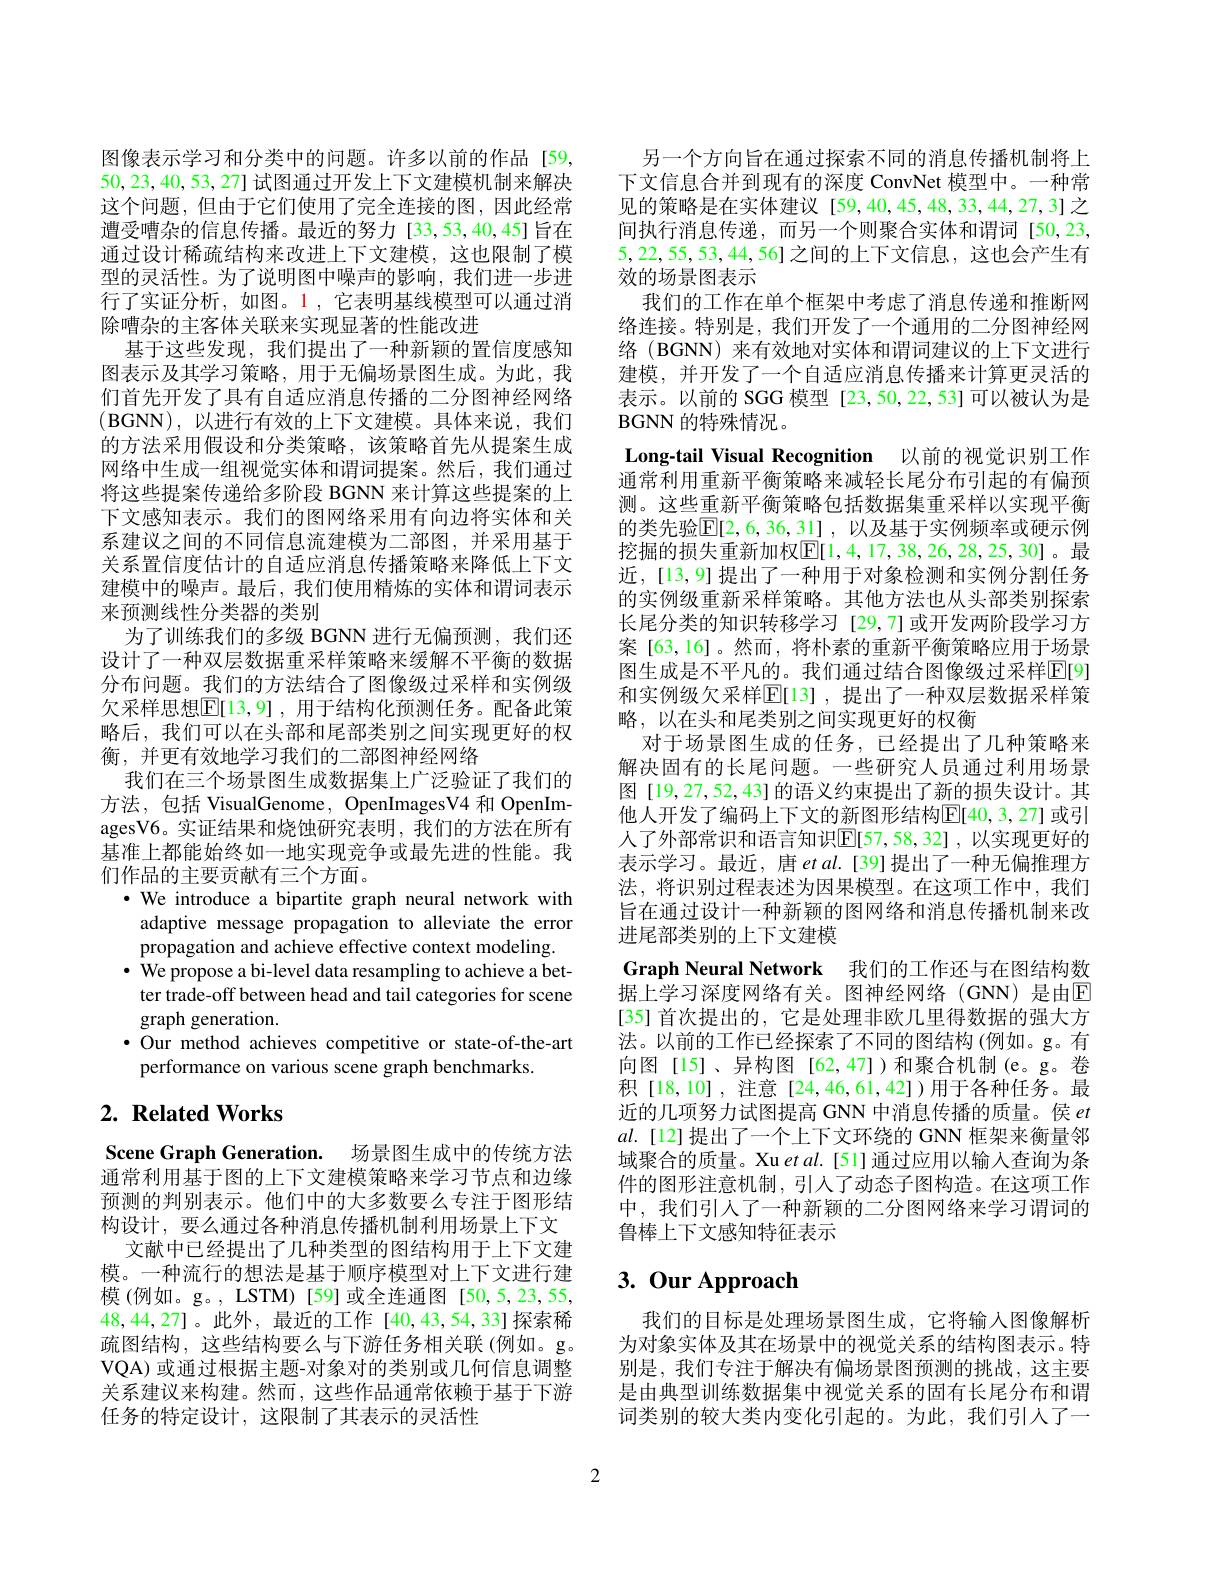
图像表示学习和分类中的问题。许多以前的作品[59, 50,23,40,53,27]试图通过开发上下文建模机制来解决这个问题，但由于它们使用了完全连接的图，因此经常遭受嘈杂的信息传播。最近的努力[33,53,40,45]旨在通过设计稀疏结构来改进上下文建模，这也限制了模型的灵活性。为了说明图中噪声的影响，我们进一步进行了实证分析，如图。1,它表明基线模型可以通过消除嘈杂的主客体关联来实现显著的性能改进
基于这些发现，我们提出了一种新颖的置信度感知图表示及其学习策略，用于无偏场景图生成。为此，我们首先开发了具有自适应消息传播的二分图神经网络(BGNN),以进行有效的上下文建模。具体来说，我们的方法采用假设和分类策略，该策略首先从提案生成网络中生成一组视觉实体和谓词提案。然后，我们通过将这些提案传递给多阶段 BGNN 来计算这些提案的上下文感知表示。我们的图网络采用有向边将实体和关系建议之间的不同信息流建模为二部图，并采用基于关系置信度估计的自适应消息传播策略来降低上下文建模中的噪声。最后，我们使用精炼的实体和谓词表示来预测线性分类器的类别
为了训练我们的多级 BGNN 进行无偏预测，我们还设计了一种双层数据重采样策略来缓解不平衡的数据分布问题。我们的方法结合了图像级过采样和实例级欠采样思想$\overline{\mathrm{E}}[13,9]$,用于结构化预测任务。配备此策略后，我们可以在头部和尾部类别之间实现更好的权衡，并更有效地学习我们的二部图神经网络
我们在三个场景图生成数据集上广泛验证了我们的方法，包括 VisualGenome, OpenImagesV4 和 OpenImagesV6。实证结果和烧蚀研究表明，我们的方法在所有基准上都能始终如一地实现竞争或最先进的性能。我们作品的主要贡献有三个方面。
·We introduce a bipartite graph neural network with
adaptive message propagation to alleviate the error
propagation and achieve effective context modeling. $\cdot$ We propose a bi-level data resampling to achieve a bet-
ter trade-off between head and tail categories for scene
graph generation.
·Our method achieves competitive or state-of-the-art
performance on various scene graph benchmarks.

# 2. Related Works

Scene Graph Generation. 场景图生成中的传统方法通常利用基于图的上下文建模策略来学习节点和边缘预测的判别表示。他们中的大多数要么专注于图形结构设计，要么通过各种消息传播机制利用场景上下文
文献中已经提出了几种类型的图结构用于上下文建模。一种流行的想法是基于顺序模型对上下文进行建模 (例如。g。, LSTM)[59]或全连通图[50,5,23,55, 48,44,27]。此外，最近的工作[40,43,54,33]探索稀疏图结构，这些结构要么与下游任务相关联(例如。g。VQA) 或通过根据主题-对象对的类别或几何信息调整关系建议来构建。然而，这些作品通常依赖于基于下游任务的特定设计，这限制了其表示的灵活性

Long-tail Visual Recognition 以前的视觉识别工作通常利用重新平衡策略来减轻长尾分布引起的有偏预

另一个方向旨在通过探索不同的消息传播机制将上下文信息合并到现有的深度 ConvNet 模型中。一种常见的策略是在实体建议[59,40,45,48,33,44,27,3]之间执行消息传递，而另一个则聚合实体和谓词[50,23, 5,22,55,53,44,56]之间的上下文信息，这也会产生有效的场景图表示
我们的工作在单个框架中考虑了消息传递和推断网络连接。特别是，我们开发了一个通用的二分图神经网络 (BGNN) 来有效地对实体和谓词建议的上下文进行建模，并开发了一个自适应消息传播来计算更灵活的表示。以前的 SGG 模型[23,50,22,53] 可以被认为是BGNN的特殊情况。
测。这些重新平衡策略包括数据集重采样以实现平衡的类先验$\mathbb{E}[2,6,36,\underline{31}]$,以及基于实例频率或硬示例挖掘的损失重新加权$\boxed{\mathbb{E}}[1,4,17,38,26,28,25,30]$。最近，[13,9]提出了一种用于对象检测和实例分割任务的实例级重新采样策略。其他方法也从头部类别探索长尾分类的知识转移学习[29,7]或开发两阶段学习方案[63,16]。然而，将朴素的重新平衡策略应用于场景图生成是不平凡的。我们通过结合图像级过采样$\mathbb{E}[9]$ 和实例级欠采样$\mathbb{E}[$13],提出了一种双层数据采样策略，以在头和尾类别之间实现更好的权衡
对于场景图生成的任务，已经提出了几种策略来解决固有的长尾问题。一些研究人员通过利用场景图[19,27,52,43]的语义约束提出了新的损失设计。其他人开发了编码上下文的新图形结构$\overline{\mathbb{E}}[40,3,27]$ 或引人了外部常识和语言知识$\mathbb{E}[57,58,32]$,以实现更好的表示学习。最近，唐$etal.[39]$提出了一种无偏推理方法，将识别过程表述为因果模型。在这项工作中，我们旨在通过设计一种新颖的图网络和消息传播机制来改进尾部类别的上下文建模
Graph Neural Network 我们的工作还与在图结构数据上学习深度网络有关。图神经网络(GNN)是由$\overline{\mathrm{E}}$ [35] 首次提出的，它是处理非欧几里得数据的强大方法。以前的工作已经探索了不同的图结构(例如。g。有向图[15]、异构图[62,47])和聚合机制(e。g。卷积[18,10],注意[24,46,61,42])用于各种任务。最近的几项努力试图提高 GNN 中消息传播的质量。侯$et$ $al.$[12]提出了一个上下文环绕的 GNN 框架来衡量邻域聚合的质量。Xu et al.[51] 通过应用以输入查询为条件的图形注意机制，引人了动态子图构造。在这项工作中，我们引人了一种新颖的二分图网络来学习谓词的鲁棒上下文感知特征表示

# 3. Our Approach

我们的目标是处理场景图生成，它将输入图像解析为对象实体及其在场景中的视觉关系的结构图表示。特别是，我们专注于解决有偏场景图预测的挑战，这主要是由典型训练数据集中视觉关系的固有长尾分布和谓词类别的较大类内变化引起的。为此，我们引人了一

2